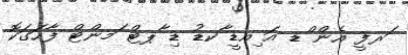
ަރފީ އެން ްޑ އަ ިއޑީ ާކޑު ޑި ާޕޓް ަމންޓް ފާހަގަކޮ